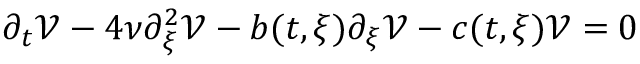
\partial _ { t } \mathcal { V } - 4 \nu \partial _ { \xi } ^ { 2 } \mathcal { V } - b ( t , \xi ) \partial _ { \xi } \mathcal { V } - c ( t , \xi ) \mathcal { V } = 0